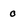
Character: 0